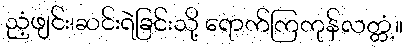
ညံ့ဖျင်း၊ဆင်းရဲခြင်းသို့ ရောက်ကြကုန်လတ္တံ့။